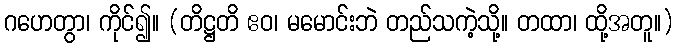
ဂဟေတွာ၊ ကိုင်၍။ (တိဋ္ဌတိ ဧဝ၊ မမောင်းဘဲ တည်သကဲ့သို့။ တထာ၊ ထို့အတူ။)